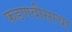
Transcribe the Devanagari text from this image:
फडणवीसाचा